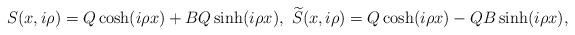
LaTeX: \begin{align*}S(x,i\rho)=Q\cosh(i\rho x)+BQ\sinh(i\rho x),\ \widetilde{S}(x,i\rho)=Q\cosh(i\rho x)-QB\sinh(i\rho x),\end{align*}